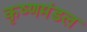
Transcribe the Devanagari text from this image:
कृष्णमंडल